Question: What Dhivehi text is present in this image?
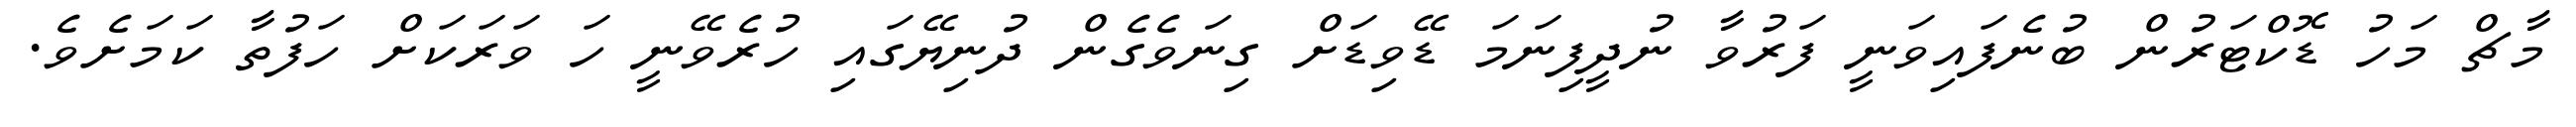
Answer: މާޗް މަހު ޑޮކްޓަރުން ބުނެފައިވަނީ ފަރުވާ ނުދީފިނަމަ ޑޭވިޑަށް ގިނަވެގެން ދުނިޔޭގައި ހުރެވޭނީ ހަ ވަރަކަށް ހަފުތާ ކަމަށެވެ.